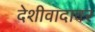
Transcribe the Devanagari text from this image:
देशीवादावर